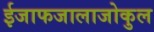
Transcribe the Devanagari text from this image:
ईजाफजालाजोकुल